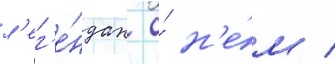
л'ег'е́ндах о́ н'е́м /